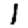
Digit: 1